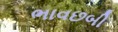
ભાવછબી